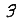
Digit: 3